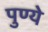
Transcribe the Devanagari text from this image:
पुण्ये